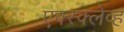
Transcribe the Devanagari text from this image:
एक्स्क्लेव्ह